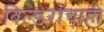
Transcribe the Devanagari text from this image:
बिल्डरांचाही